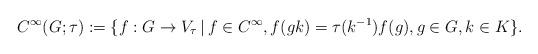
LaTeX: \begin{align*}C^\infty(G;\tau) := \{ f:G\to V_\tau \, | \, f\in C^\infty, f(gk)=\tau(k^{-1})f(g), g\in G, k\in K \}.\end{align*}